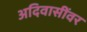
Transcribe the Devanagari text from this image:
अदिवासींवर